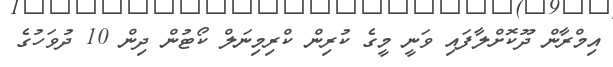
އިމްރާން ދޫކޮށްލާފައި ވަނީ މީގެ ކުރިން ކްރިމިނަލް ކޯޓުން ދިން 10 ދުވަހުގެ